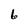
Character: 6